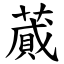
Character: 蕆